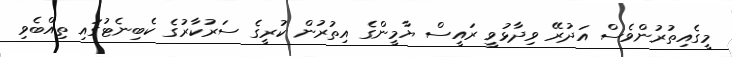
މީގެއިތުރުންވެސް އަދުރޭ ވިދާޅުވީ ރައީސް ޔާމީންގެ އިތުރުން ކުރީގެ ސަރުކާރުގެ ކެބިނެޓުގައި ތިއްބެވި